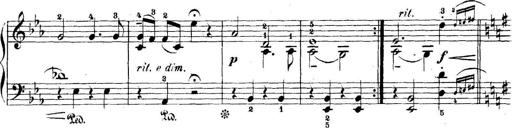
Title: 5 Sonatinas
Composer: Theodor Kirchner